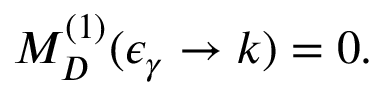
{ \cal M } _ { D } ^ { ( 1 ) } ( \epsilon _ { \gamma } \rightarrow k ) = 0 .